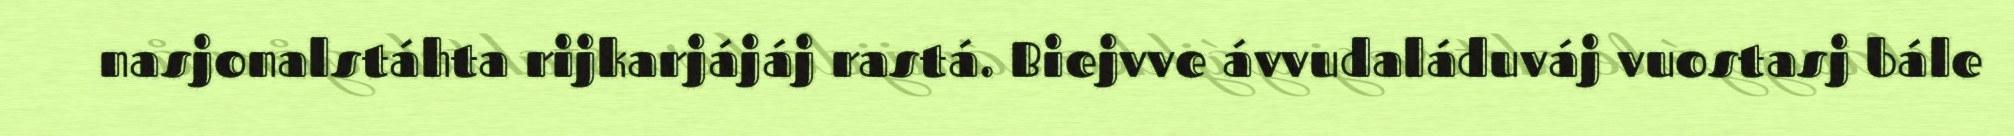
nasjonalstáhta rijkarjájáj rastá. Biejvve ávvudaláduváj vuostasj bále